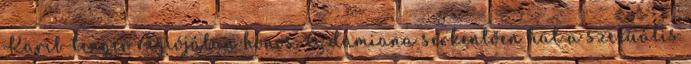
Karib-tenger régiójában honos. A damiana serkentően hat a szexuális